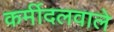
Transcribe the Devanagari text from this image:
कर्मीदलवाले